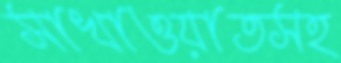
সাখাওয়াতসহ